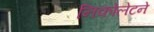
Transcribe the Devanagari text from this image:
निकोलेटने